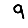
Digit: 9